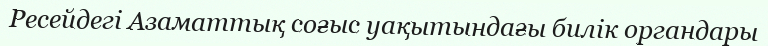
Ресейдегі Азаматтық соғыс уақытындағы билік органдары